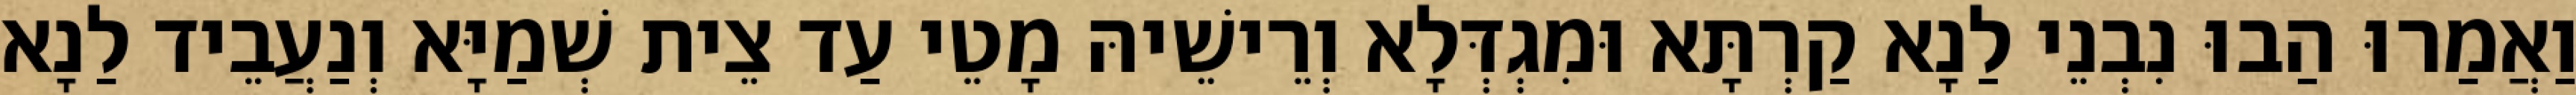
וַאֲמַרוּ הַבוּ נִבְנֵי לַנָא קַרְתָּא וּמִגְדְּלָא וְרֵישֵׁיהּ מָטֵי עַד צֵית שְׁמַיָּא וְנַעֲבֵיד לַנָא